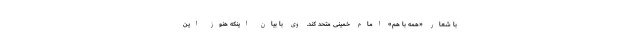
با شعار «همه با هم» امام خمینی متحد کند. وی با بیان اینکه هنوز این